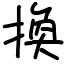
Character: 換